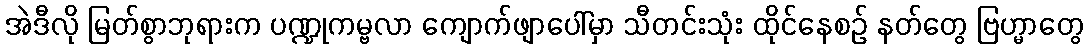
အဲဒီလို မြတ်စွာဘုရားက ပဏ္ဍုကမ္ဗလာ ကျောက်ဖျာပေါ်မှာ သီတင်းသုံး ထိုင်နေစဉ် နတ်တွေ ဗြဟ္မာတွေ